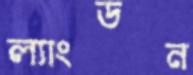
ল্যাংডন